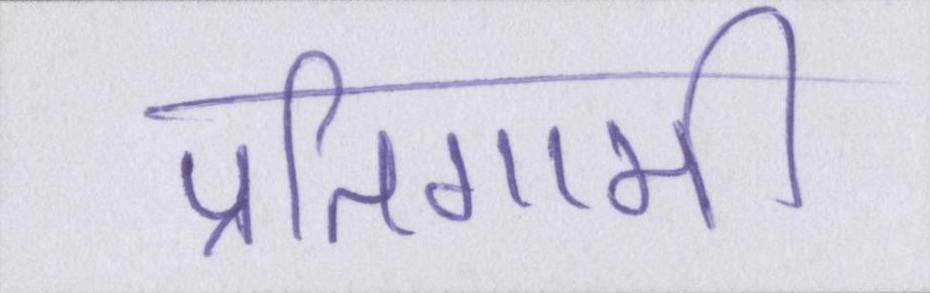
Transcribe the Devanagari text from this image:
प्रतिगामी